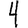
Digit: 4